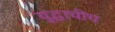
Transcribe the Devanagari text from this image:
युद्धाचीच